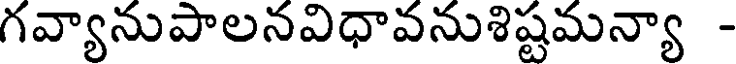
గవ్యానుపాలనవిధావనుశిష్టమన్యా -